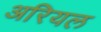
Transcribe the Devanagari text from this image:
अरियल